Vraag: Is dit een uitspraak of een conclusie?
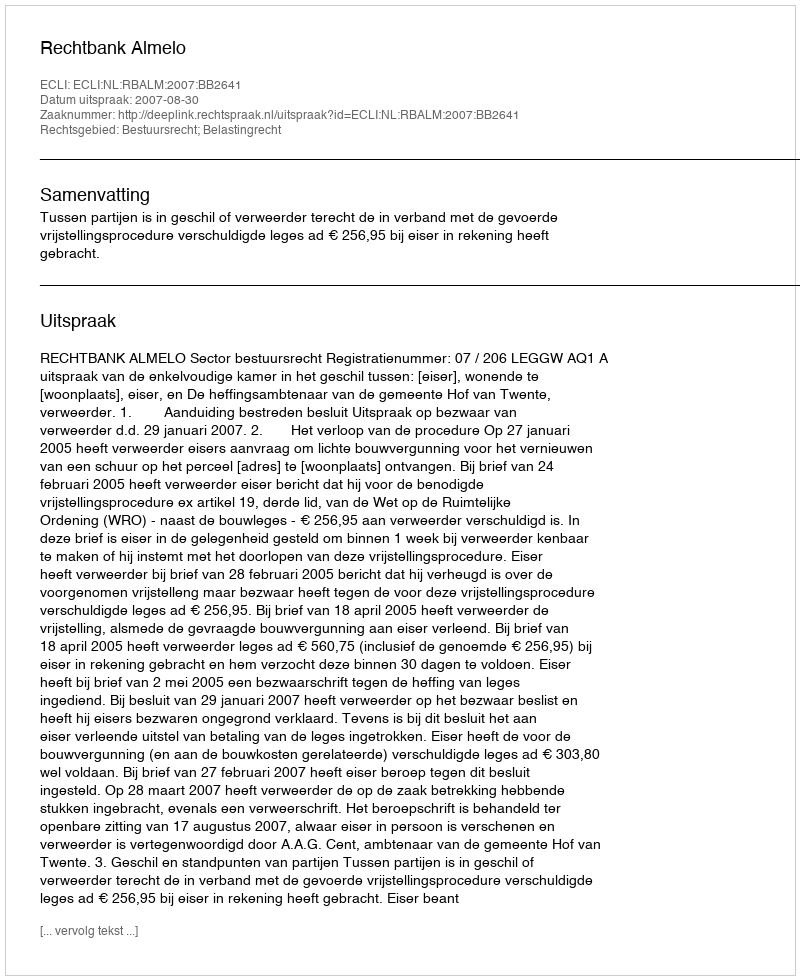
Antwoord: Uitspraak